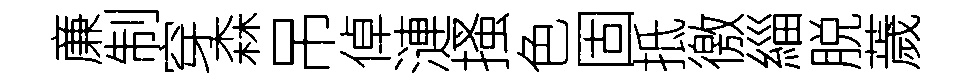
亷制穿森吊倬漣搔色固抵徼緇脱薉